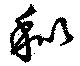
秕